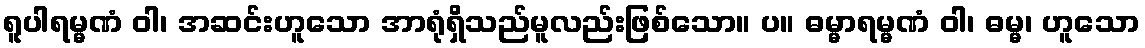
ရူပါရမ္မဏံ ဝါ၊ အဆင်းဟူသော အာရုံရှိသည်မူလည်းဖြစ်သော။ ပ။ ဓမ္မာရမ္မဏံ ဝါ၊ ဓမ္မ၊ ဟူသော